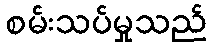
စမ်းသပ်မှုသည်